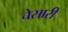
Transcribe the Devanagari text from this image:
चेसारी